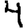
Digit: 4